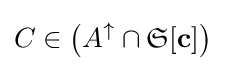
C\in \left(A^{\uparrow }\cap {\mathfrak {S}}[\mathbf {c} ]\right)